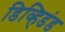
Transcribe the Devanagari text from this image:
डिव्हिडंड